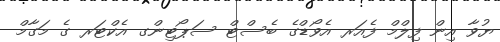
ޔުވާ އިން ފިލްމް ފެއަރ އެވޯޑްގެ ބެސްޓް ސަޕޯޓިންގ އެކްޓަރ ގެ މަގާމް